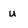
Character: u